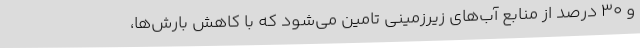
و ۳۰ درصد از منابع آب‌های زیرزمینی تامین می‌شود که با کاهش بارش‌ها،